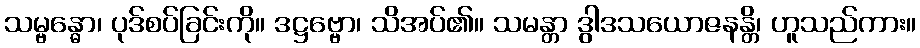
သမ္ဗန္ဓော၊ ပုဒ်စပ်ခြင်းကို။ ဒဋ္ဌဗ္ဗော၊ သိအပ်၏။ သမန္တာ ဒွါဒသယောဇနန္တိ၊ ဟူသည်ကား။